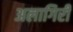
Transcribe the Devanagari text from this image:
अलागिरी